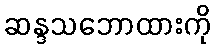
ဆန္ဒသဘောထားကို